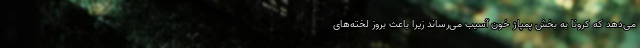
می‌دهد که کرونا به بخش پمپاژ خون آسیب می‌رساند زیرا باعث بروز لخته‌های